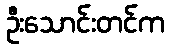
ဦးသောင်းတင်က